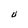
Character: U